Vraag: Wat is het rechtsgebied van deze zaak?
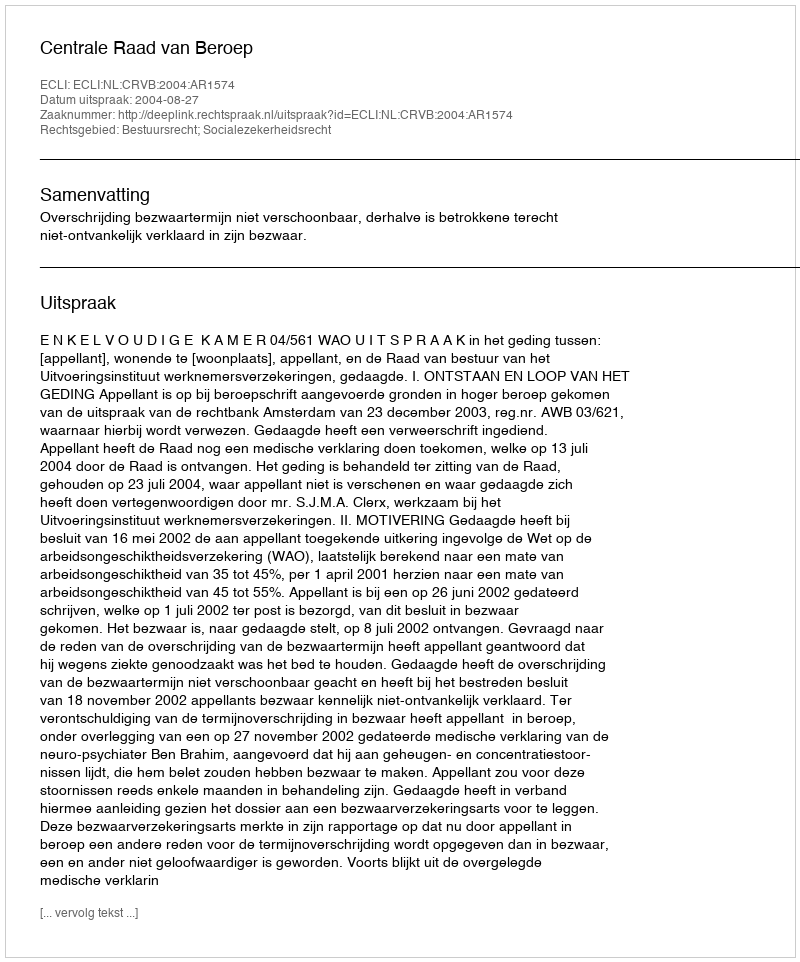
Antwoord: Bestuursrecht; Socialezekerheidsrecht